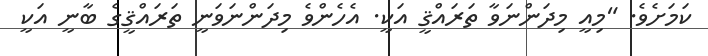
ކަމަށެވެ. "މިއީ މިދަންނަވާ ތަރައްޤީ އަކީ. އެހެންވެ މިދަންނަވަނީ ތަރައްޤީގެ ބާނީ އަކީ